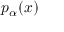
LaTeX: p _ { \alpha } ( x )